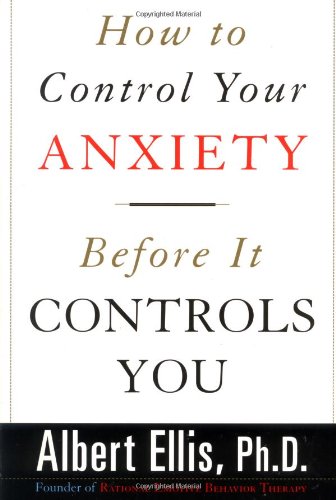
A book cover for How To Control Your Anxiety Before It Controls You; Albert Ellis; Health, Fitness & Dieting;